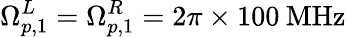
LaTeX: \Omega_{p,1}^{L}=\Omega_{p,1}^{R}=2\pi\times 100\: \mathrm{MHz}